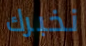
نخبرك